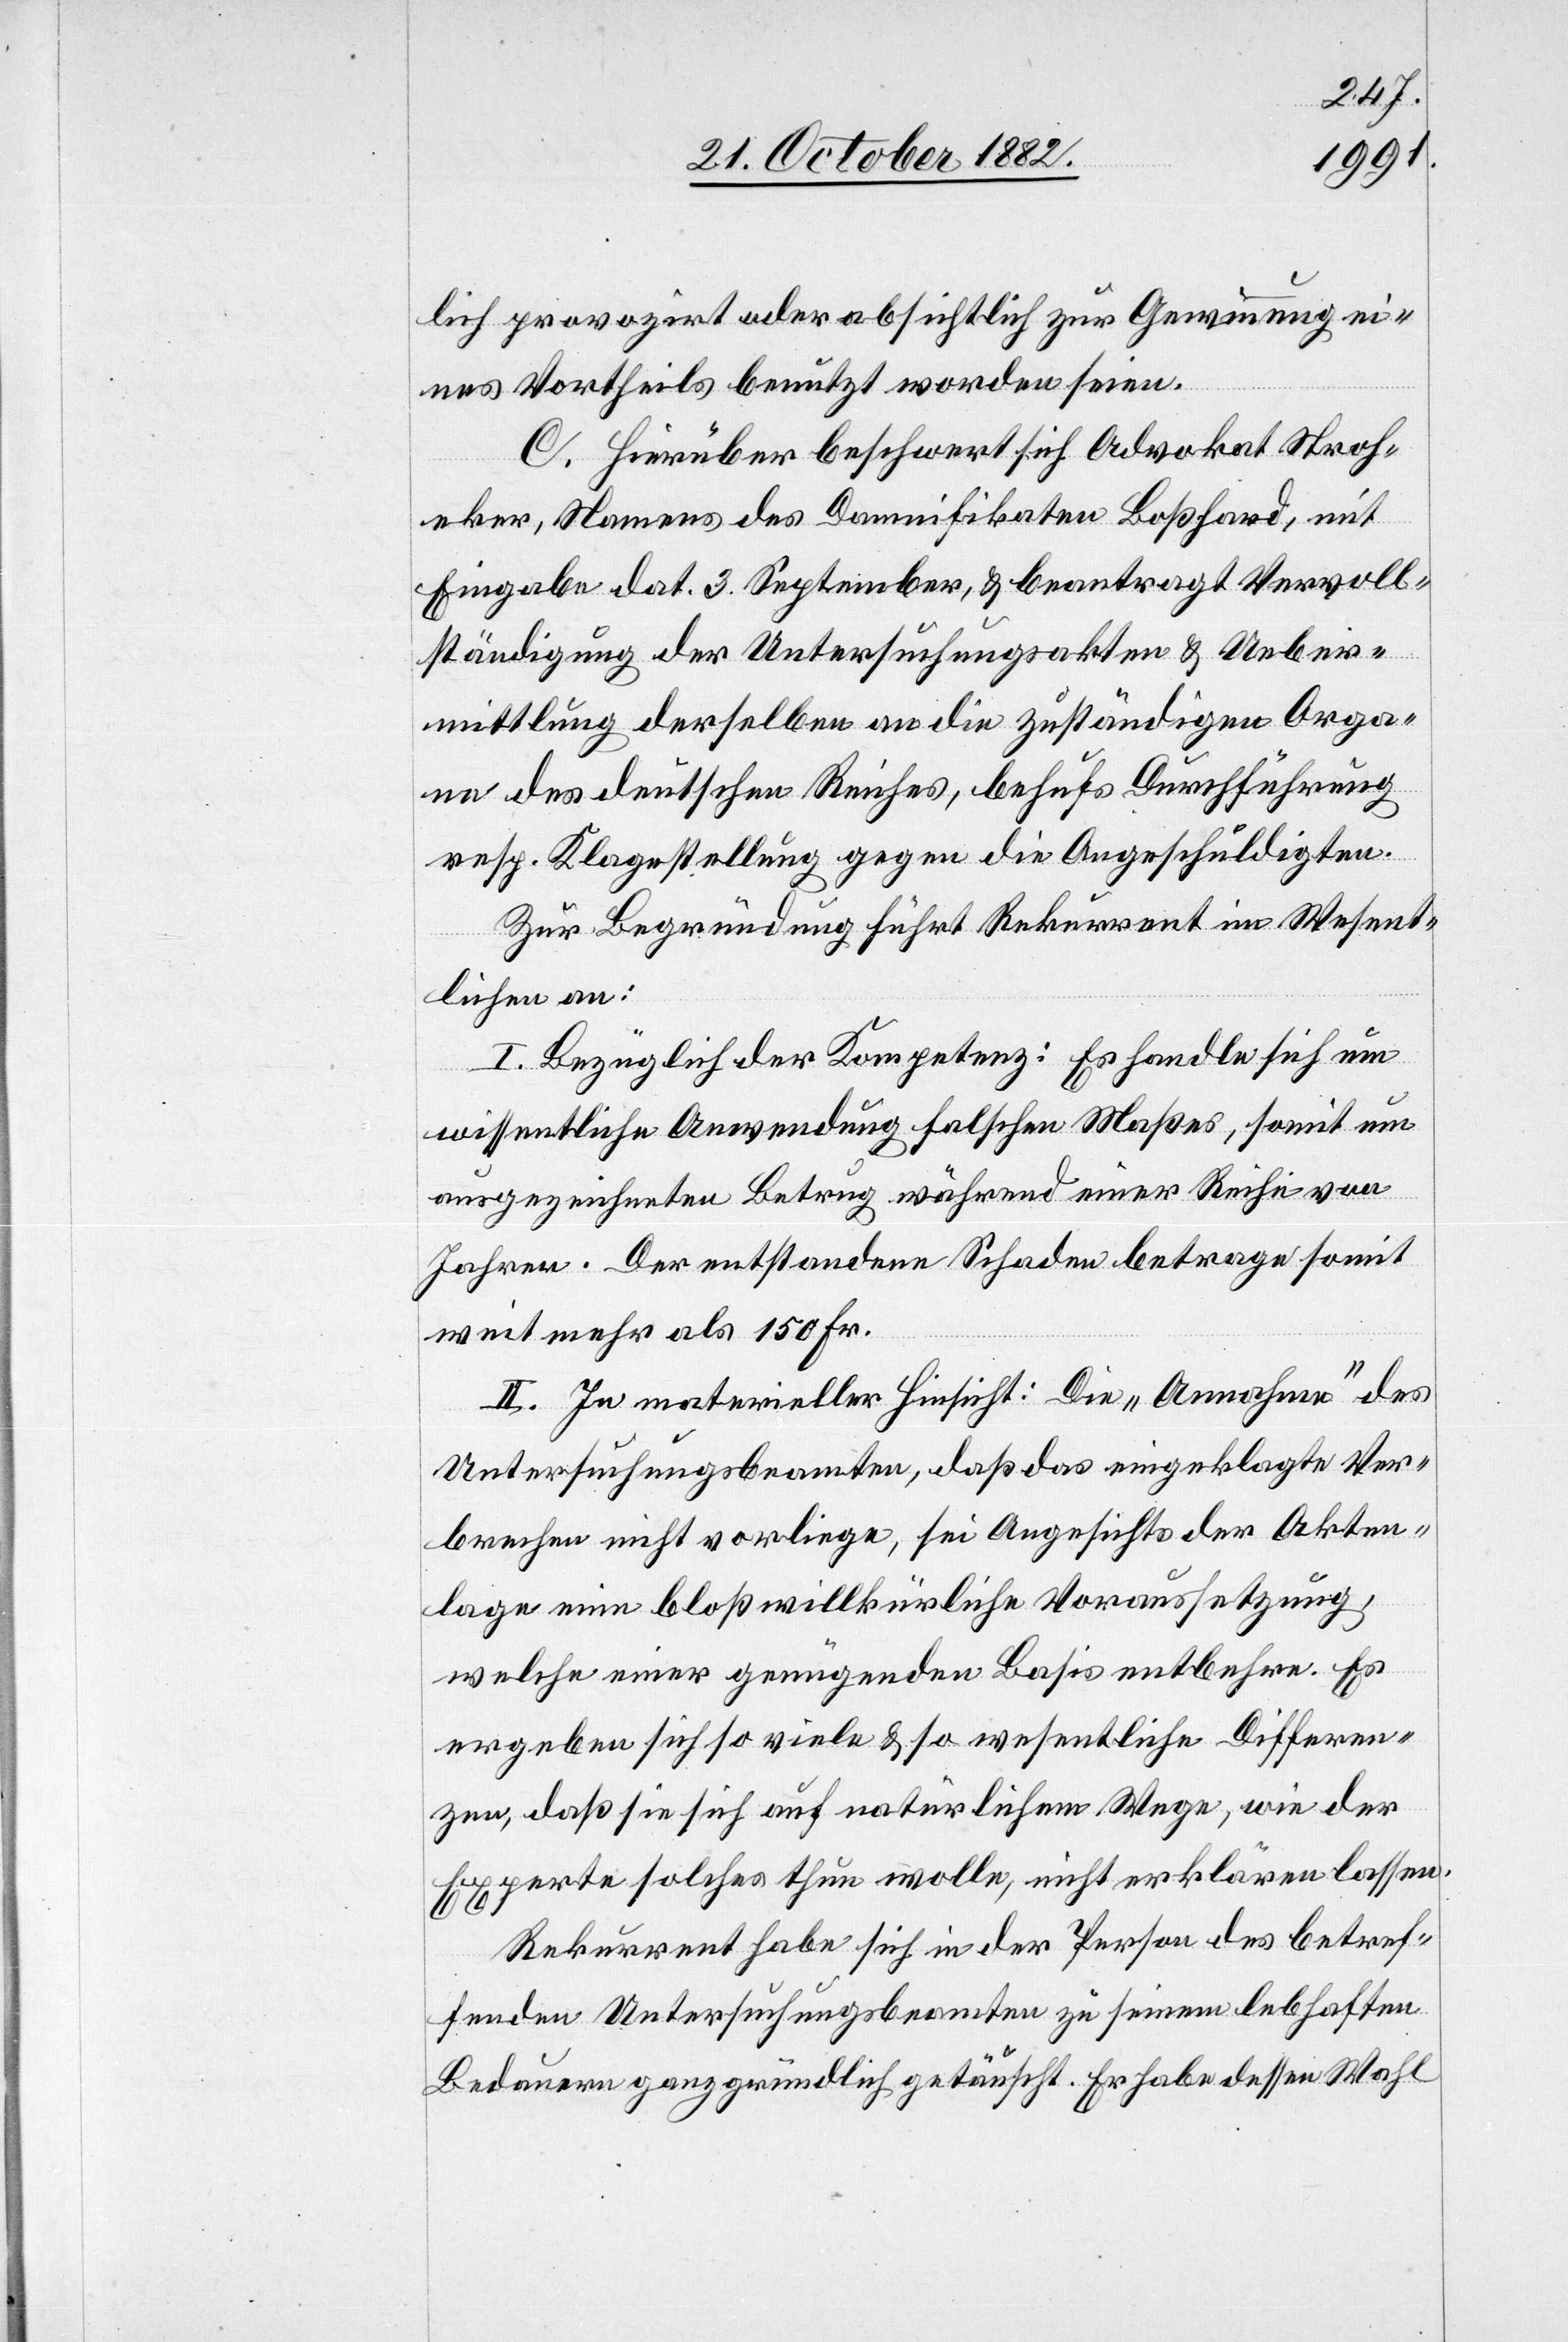
lich provozirt oder absichtlich zu Gewinnung ei¬
nes Vortheils benutzt worden seien.
C. Hierüber beschwert sich Advokat Stroh¬
eker, Namens des Damnifikaten Boßhard, mit
Eingabe dat. 3. September, & beantragt Vervoll¬
ständigung der Untersuchungsakten & Ueber¬
mittlung derselben an die zuständigen Orga¬
ne des deutschen Reiches, behufs Durchführung
resp. Klagestellung gegen die Angeschuldigten.
Zur Begründung führt Rekurrent im Wesent¬
lichen an:
I. Bezüglich der Kompetenz: Es handle sich um
wissentliche Anwendung falschen Maßes, somit um
ausgezeichneten Betrug während einer Reihe von
Jahren. Der entstandene Schaden betrage somit
weit mehr als 150 Fr.
II. In materieller Hinsicht: Die „Annahme“ des
Untersuchungsbeamten, daß das eingeklagte Ver¬
brechen nicht vorliege, sei Angesichts der Akten¬
lage eine bloß willkürliche Voraussetzung,
welche einer genügenden Basis entbehre. Es
ergeben sich so viele & so wesentliche Differen¬
zen, daß sie sich auf natürlichem Wege, wie der
Experte solches thun wolle, nicht erklären lassen.
Rekurrent habe sich in der Person des betref¬
fenden Untersuchungsbeamten zu seinem lebhaften
Bedauern ganz gründlich getäuscht. Er habe dessen Wahl